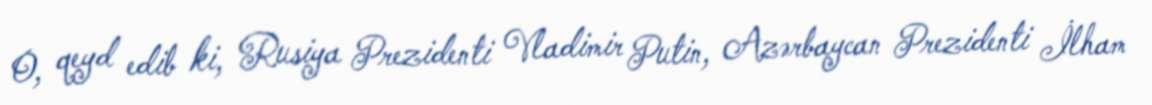
O, qeyd edib ki, Rusiya Prezidenti Vladimir Putin, Azərbaycan Prezidenti İlham